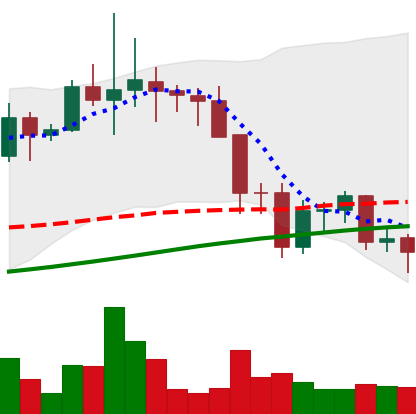
Ticker: LINK-USD
Chart end date: 2021-11-24
Forward return: -4.727%
Label: down_3_5